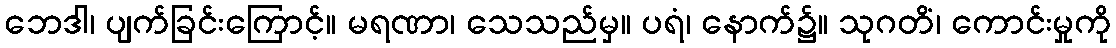
ဘေဒါ၊ ပျက်ခြင်းကြောင့်။ မရဏာ၊ သေသည်မှ။ ပရံ၊ နောက်၌။ သုဂတိံ၊ ကောင်းမှုကို